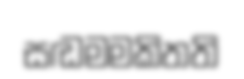
සඬමමකිතති